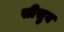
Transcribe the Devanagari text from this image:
सीसुब